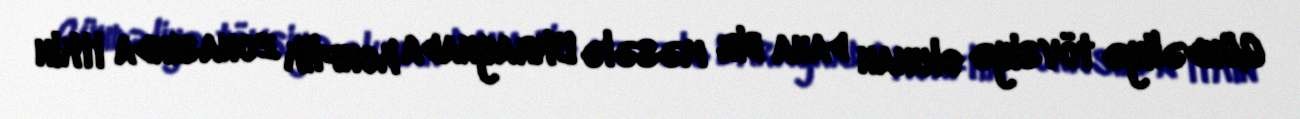
Gündəliyə tövsiyə olunan daha bir məsələ Ukraynada konflik zonasında itkin